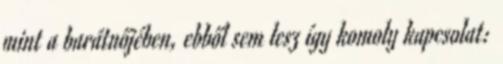
mint a barátnőjében, ebből sem lesz így komoly kapcsolat: